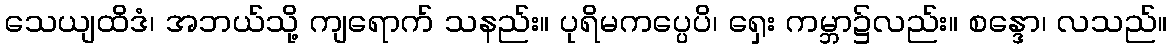
သေယျထိဒံ၊ အဘယ်သို့ ကျရောက် သနည်း။ ပုရိမကပ္ပေပိ၊ ရှေး ကမ္ဘာ၌လည်း။ စန္ဒော၊ လသည်။